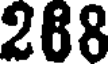
288